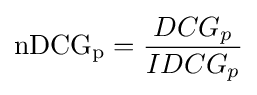
\mathrm {nDCG_{p}} ={\frac {DCG_{p}}{IDCG_{p}}}